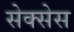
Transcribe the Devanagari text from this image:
सेक्सेस